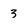
Character: 3